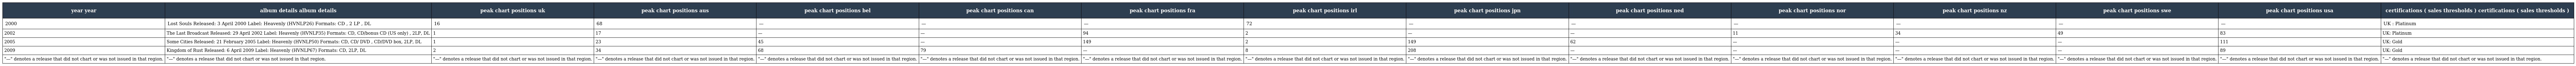
| year year | album details album details | peak chart positions uk | peak chart positions aus | peak chart positions bel | peak chart positions can | peak chart positions fra | peak chart positions irl | peak chart positions jpn | peak chart positions ned | peak chart positions nor | peak chart positions nz | peak chart positions swe | peak chart positions usa | certifications ( sales thresholds ) certifications ( sales thresholds ) |
 | --- | --- | --- | --- | --- | --- | --- | --- | --- | --- | --- | --- | --- | --- | --- |
 | 2000 | Lost Souls Released: 3 April 2000 Label: Heavenly (HVNLP26) Formats: CD , 2 LP , DL | 16 | 68 | — | — | — | 72 | — | — | — | — | — | — | UK : Platinum |
 | 2002 | The Last Broadcast Released: 29 April 2002 Label: Heavenly (HVNLP35) Formats: CD, CD/bonus CD (US only) , 2LP, DL | 1 | 17 | — | — | 94 | 2 | — | — | 11 | 34 | 49 | 83 | UK: Platinum |
 | 2005 | Some Cities Released: 21 February 2005 Label: Heavenly (HVNLP50) Formats: CD, CD/ DVD , CD/DVD box, 2LP, DL | 1 | 23 | 45 | — | 149 | 2 | 149 | 62 | — | — | — | 111 | UK: Gold |
 | 2009 | Kingdom of Rust Released: 6 April 2009 Label: Heavenly (HVNLP67) Formats: CD, 2LP, DL | 2 | 34 | 68 | 79 | — | 8 | 208 | — | — | — | — | 89 | UK: Gold |
 | "—" denotes a release that did not chart or was not issued in that region. | "—" denotes a release that did not chart or was not issued in that region. | "—" denotes a release that did not chart or was not issued in that region. | "—" denotes a release that did not chart or was not issued in that region. | "—" denotes a release that did not chart or was not issued in that region. | "—" denotes a release that did not chart or was not issued in that region. | "—" denotes a release that did not chart or was not issued in that region. | "—" denotes a release that did not chart or was not issued in that region. | "—" denotes a release that did not chart or was not issued in that region. | "—" denotes a release that did not chart or was not issued in that region. | "—" denotes a release that did not chart or was not issued in that region. | "—" denotes a release that did not chart or was not issued in that region. | "—" denotes a release that did not chart or was not issued in that region. | "—" denotes a release that did not chart or was not issued in that region. | "—" denotes a release that did not chart or was not issued in that region. |